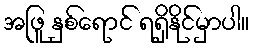
အဖြူ နှစ်ရောင် ရရှိနိုင်မှာပါ။